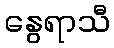
နွေရာသီ